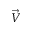
\vec { V }